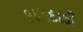
કાગદાડી